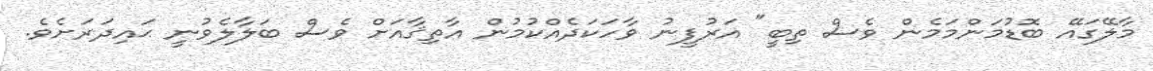
މާލޭގައޭ ބޮޑުމަންމަމެން ވެސް ތިބީ" އަރުފީނު ވާހަކަދެއްކުމުން އާތިޤާއަށް ވެސް ބަލާލެވުނީ ޙައިދަރަށެވެ.